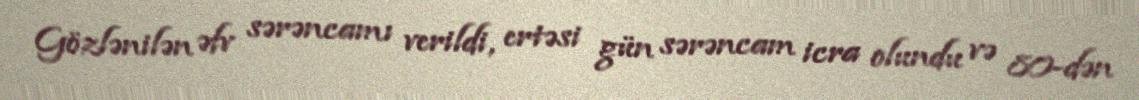
Gözlənilən əfv sərəncamı verildi, ertəsi gün sərəncam icra olundu və 80-dən